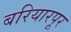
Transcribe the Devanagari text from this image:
बरियारपूर